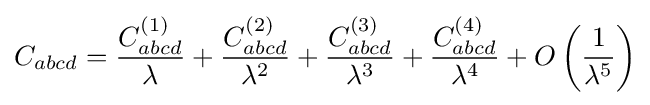
C_{abcd}={\frac {C_{abcd}^{(1)}}{\lambda }}+{\frac {C_{abcd}^{(2)}}{\lambda ^{2}}}+{\frac {C_{abcd}^{(3)}}{\lambda ^{3}}}+{\frac {C_{abcd}^{(4)}}{\lambda ^{4}}}+O\left({\frac {1}{\lambda ^{5}}}\right)